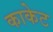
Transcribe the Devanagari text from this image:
काकेट